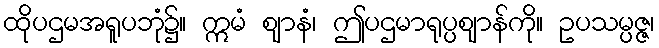
ထိုပဌမအရူပဘုံ၌။ ဣမံ ဈာနံ၊ ဤပဌမာရုပ္ပဈာန်ကို။ ဥပသမ္ပဇ္ဇ၊